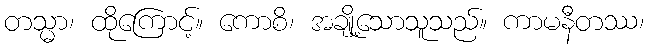
တသ္မာ၊ ထိုကြောင့်။ ကောစိ၊ အချို့သောသူသည်။ ကာမနီတဿ၊